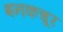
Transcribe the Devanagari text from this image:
बनकचूर